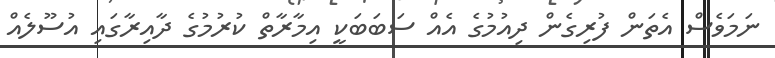
ނަމަވެސް އެތަން ފުރިގެން ދިއުމުގެ އެއް ސަބަބަކީ އިމާރާތް ކުރުމުގެ ދާއިރާގައި އުސޫލެއް